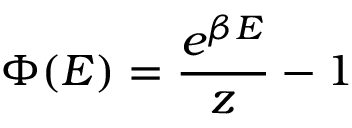
\Phi ( E ) = { \frac { e ^ { \beta E } } { z } } - 1